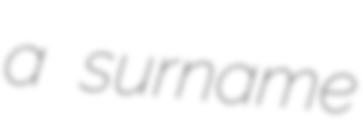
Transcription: a surname